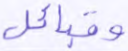
وقبائل